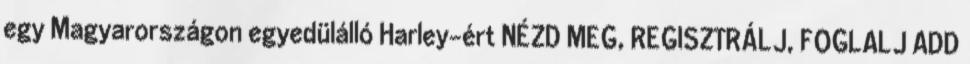
egy Magyarországon egyedülálló Harley-ért NÉZD MEG, REGISZTRÁLJ, FOGLALJ ADD